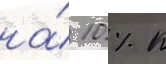
на́ 10 % к